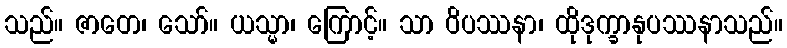
သည်။ ဇာတေ၊ သော်။ ယသ္မာ၊ ကြောင့်။ သာ ဝိပဿနာ၊ ထိုဒုက္ခာနုပဿနာသည်။